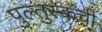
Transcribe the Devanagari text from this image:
पुल्तुस्कची